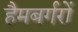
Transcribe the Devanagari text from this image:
हैमबर्गरों